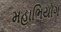
મહાભિયોગ